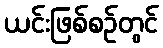
ယင်းဖြစ်စဉ်တွင်